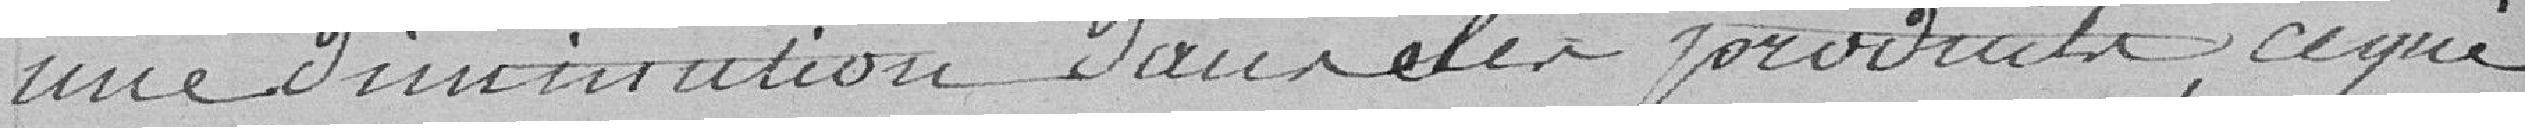
une diminution dans ses produits, ce qui